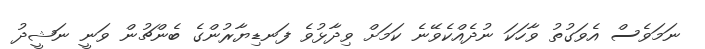
ނަމަވެސް އެވަގުތު ވާހަކަ ނުދެއްކެވޭނެ ކަަމަށް ވިދާޅުވެ ފަނޑިޔާރުންގެ ބެންޗުން ވަނީ ނަޝީދު